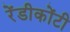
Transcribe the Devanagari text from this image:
रेंडीकोंटी